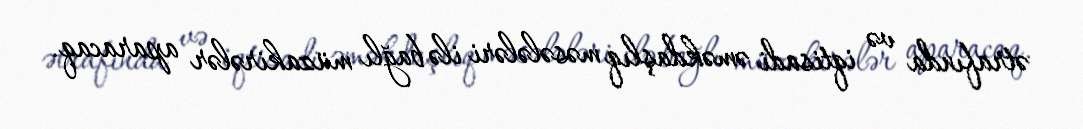
ətrafında və iqtisadi əməkdaşlıq məsələləri ilə bağlı müzakirələr aparacaq.